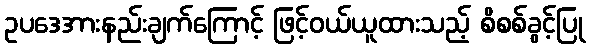
ဥပဒေအားနည်းချက်ကြောင့် ဖြင့်ဝယ်ယူထားသည့် စိစစ်ခွင့်ပြု